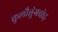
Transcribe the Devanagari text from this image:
कुलौत्तुंगचोड़